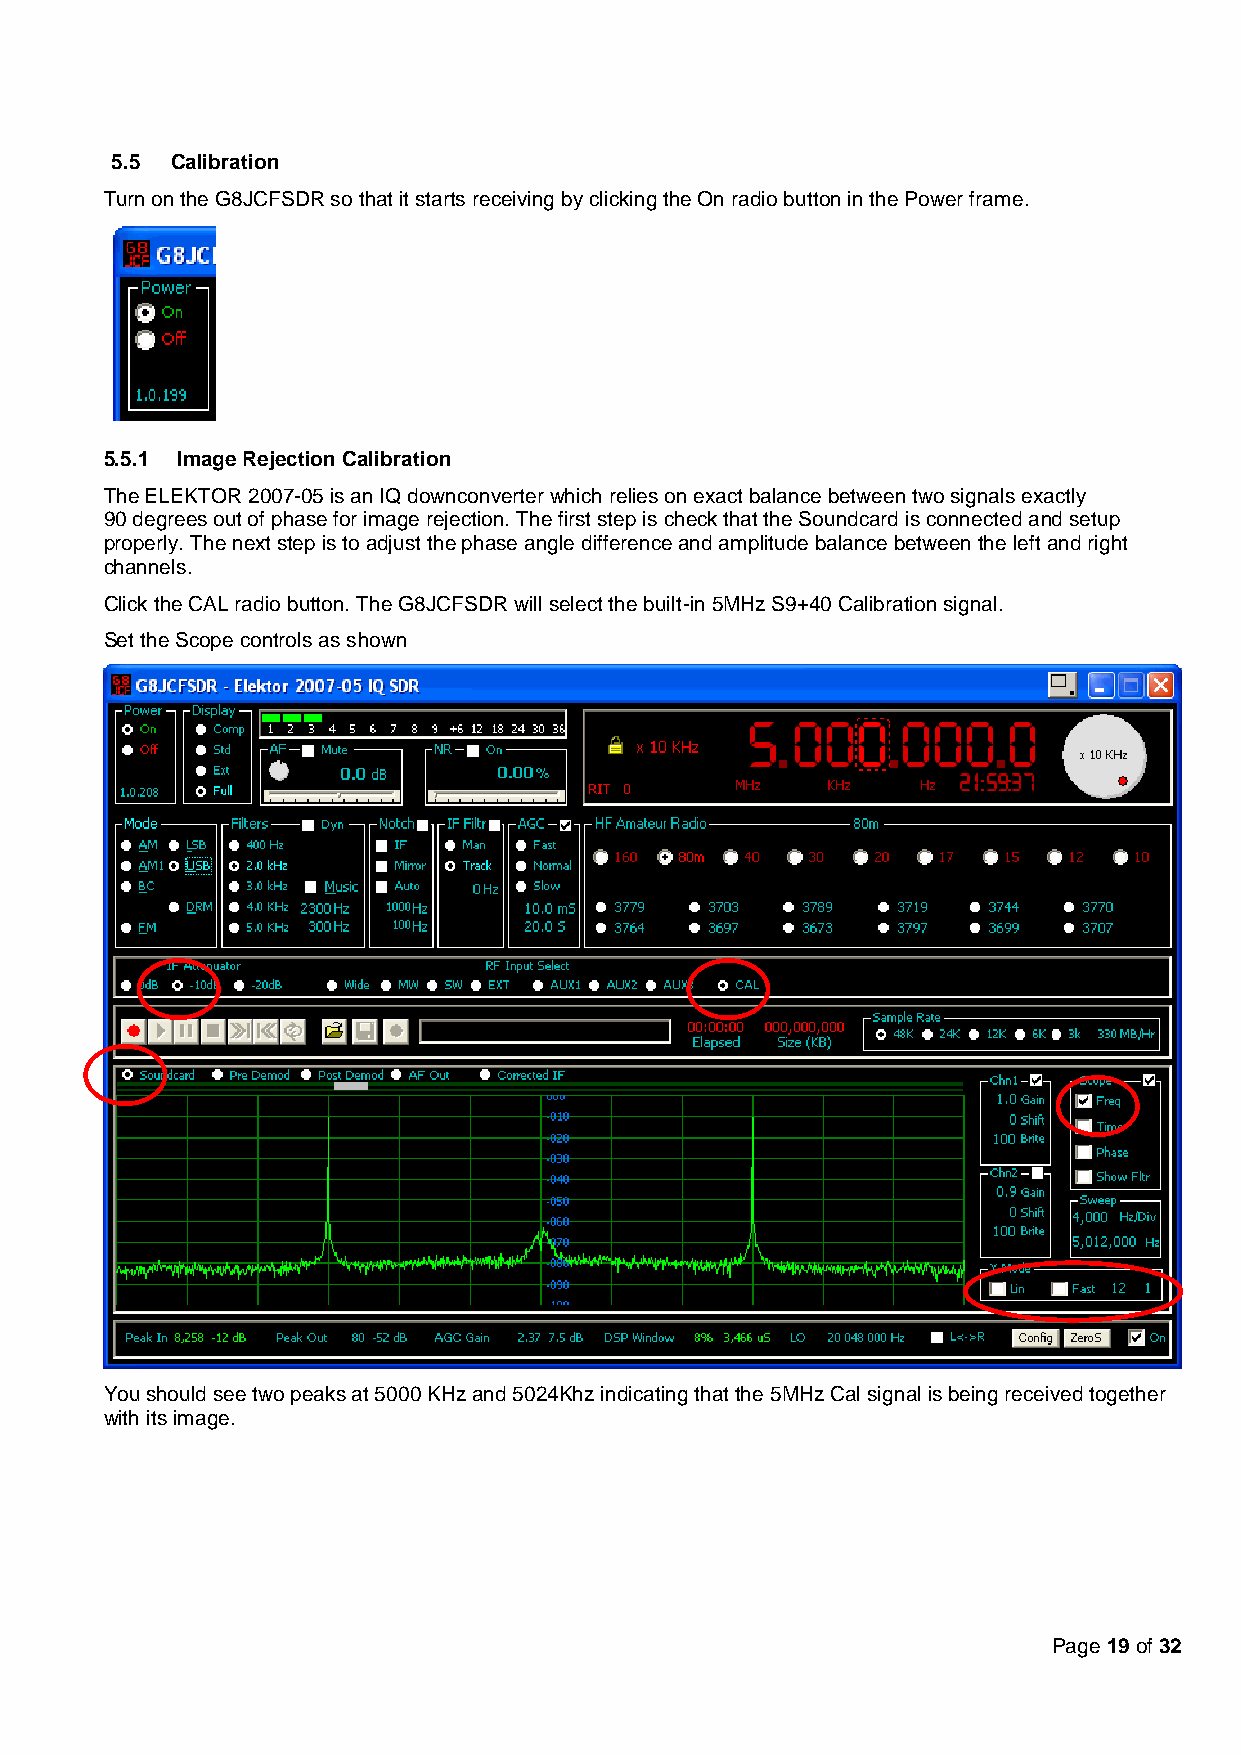
5.5 Calibration
 Turn on the G8JCFSDR so that it starts receiving by clicking the On radio button in the Power frame.
 5.5.1 Image Rejection Calibration
 The ELEKTOR 2007-05 is an IQ downconverter which relies on exact balance between two signals exactly
 90 degrees out of phase for image rejection. The first step is check that the Soundcard is connected and setup
 properly. The next step is to adjust the phase angle difference and amplitude balance between the left and right
 channels.
 Click the CAL radio button. The G8JCFSDR will select the built-in 5MHz S9+40 Calibration signal.
 Set the Scope controls as shown
 You should see two peaks at 5000 KHz and 5024Khz indicating that the 5MHz Cal signal is being received together
 with its image.
 Page 19 of 32